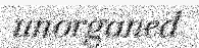
unorganed